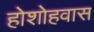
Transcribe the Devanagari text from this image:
होशोहवास